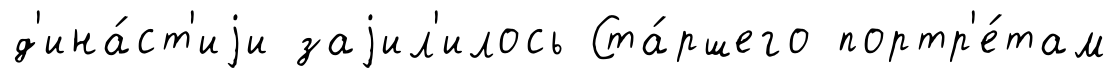
д'ина́ст'иjи заjил'илось Ста́ршего портр'е́там